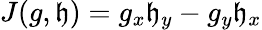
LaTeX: J(g,\mathfrak{h})=g_{x}\mathfrak{h}_{y}-g_{y}\mathfrak{h}_{x}